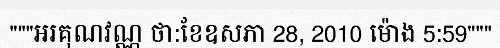
"""អរគុណវណ្ណ ថា:ខែឧសភា 28, 2010 ម៉ោង 5:59"""